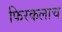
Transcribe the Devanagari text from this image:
फिरकलाच